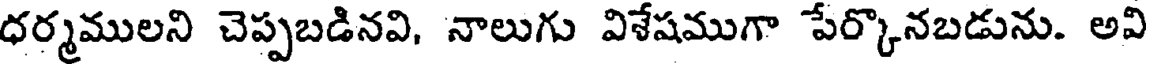
ధర్మములని చెప్పబడినవి, నాలుగు విశేషముగా పేర్కొనబడును. అవి